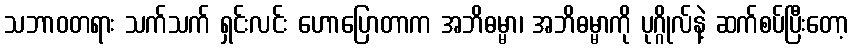
သဘာဝတရား သက်သက် ရှင်းလင်း ဟောပြောတာက အဘိဓမ္မာ၊ အဘိဓမ္မာကို ပုဂ္ဂိုလ်နဲ့ ဆက်စပ်ပြီးတော့